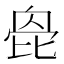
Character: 𣬌